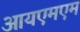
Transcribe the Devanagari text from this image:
आयएमएम